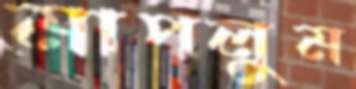
মাপলুম